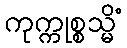
ကုက္ကုစ္စသ္မိံ